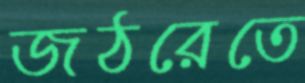
জঠরেতে